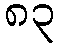
၈၃